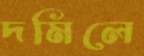
দমিলে